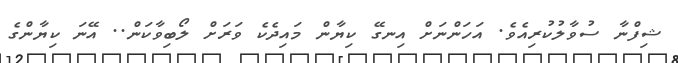
ޝިފްނާ ސުވާލުކުރިއެވެ. އަހަންނަށް އިނގޭ ކިޔާން މައިދެކެ ވަރަށް ލޯބިވާކަން.. އޭނަ ކިޔާންގެ